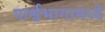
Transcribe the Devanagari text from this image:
पार्श्वभागामध्ये